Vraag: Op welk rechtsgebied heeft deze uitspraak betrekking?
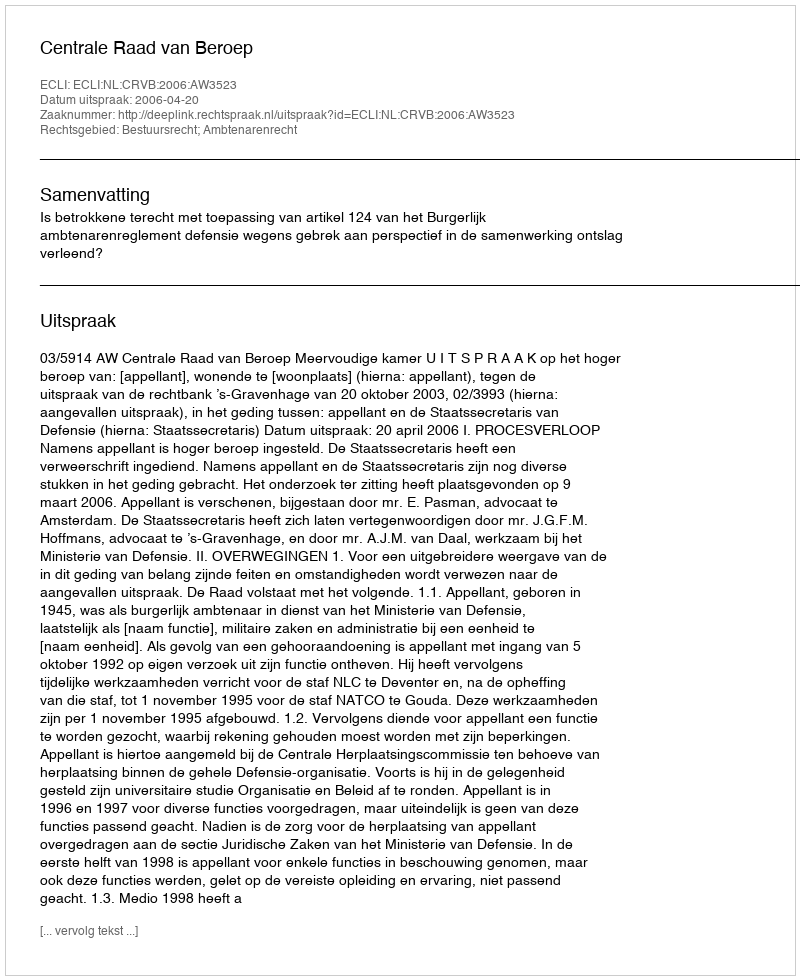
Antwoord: Bestuursrecht; Ambtenarenrecht